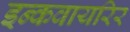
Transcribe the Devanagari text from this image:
इन्कवायरिर